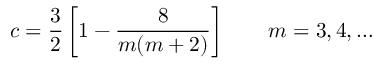
c = \frac { 3 } { 2 } \left[ 1 - \frac { 8 } { m ( m + 2 ) } \right] \qquad m = 3 , 4 , \ldots